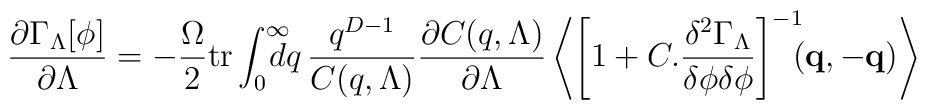
\frac{\partial \Gamma_{\Lambda}[\phi]}{\partial \Lambda} =- \frac{\Omega}{2} \mathrm{tr} \int^{\infty}_0\!\!\!\!\! dq \,\frac{q^{D-1}}{C(q,\Lambda)}\frac{\partial C(q,\Lambda)}{\partial \Lambda} \left \langle \left [1 + C.\frac{\delta^2 \Gamma_{\Lambda}}{\delta \phi\delta \phi} \right ]^{-1}\!\!\! (\mathbf{q},\mathbf{-q}) \right \rangle